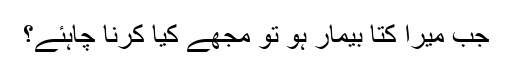
جب میرا کتا بیمار ہو تو مجھے کیا کرنا چاہئے؟